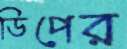
ডিপের